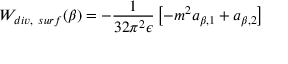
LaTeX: W _ { d i v , ~ s u r f } ( \beta ) = - { \frac { 1 } { 3 2 \pi ^ { 2 } \epsilon } } \left[ - m ^ { 2 } a _ { \beta , 1 } + a _ { \beta , 2 } \right] ~ ~ ~